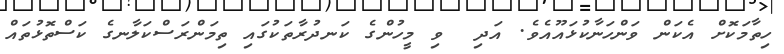
ހިތާމަކޮށް އެކަން ވަންހަނާކުޅައޫއެވެ. އަދި  ވި މީހުންގެ ކަނދުރާތަކުގައި ތިމަންރަސްކަލާނގެ ކަސްތޮޅުތައް